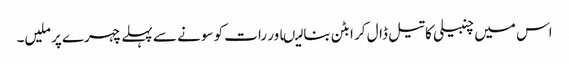
اس میں چنبیلی کا تیل ڈال کر ابٹن بنا لیںاور رات کو سونے سے پہلے چہرے پر ملیں۔